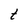
Character: t